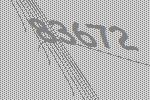
83672